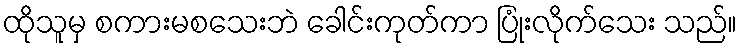
ထိုသူမှ စကားမစသေးဘဲ ခေါင်းကုတ်ကာ ပြုံးလိုက်သေး သည်။